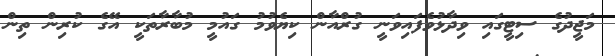
މަޖީދުގެ ސިޓީގައި ވިދާޅުވެފައިވަނީ ގުރްއާން ކިޔެވުމު ގައުމީ މުބާރާތަކީ އޭގެ ކުރިން ތިން